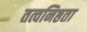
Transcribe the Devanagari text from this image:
तत्वनिष्ठता